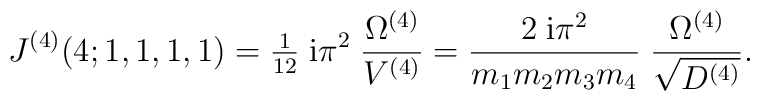
J^{(4)}(4;1,1,1,1)= {\textstyle{1\over12}}\; \mbox{i} \pi^2 \;\frac{\Omega^{(4)}}{V^{(4)}}= \frac{2 \; \mbox{i} \pi^2}{ m_1 m_2 m_3 m_4 } \; \frac{\Omega^{(4)}}{\sqrt{D^{(4)}}} .